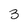
Character: 3